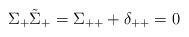
LaTeX: \begin{align*}\Sigma_+\tilde\Sigma_+=\Sigma_{++}+\delta_{++}=0\end{align*}